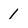
Character: 1